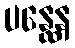
ပန္ထေန